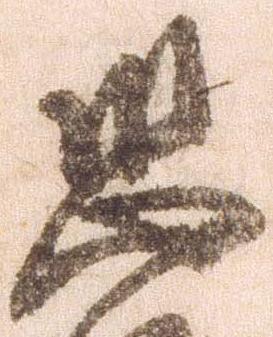
恐